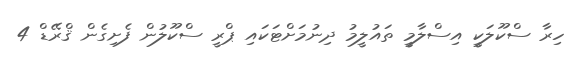
ހިރާ ސްކޫލަކީ އިސްލާމީ ތައުލީމު ދިނުމަށްޓަކައި ޕްރީ ސްކޫލުން ފެށިގެން ޤްރޭޑް 4